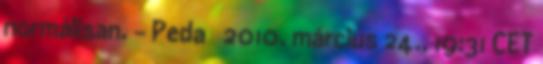
normálisan. – Peda ☎ 2010. március 24., 19:31 CET